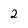
Character: 2